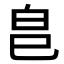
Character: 𭽊